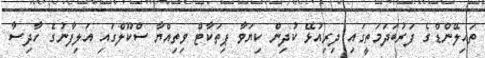
ތައިލޭންޑްގެ ފަރުބަދަމަތީގައި ދިރިއުޅޭ ކުދިން ކިޔަވާ ޕިތަކާޓް ވިތިއްޔާ ސްކޫލްގައި އަލިފާނުގެ ހާދިސާ